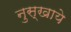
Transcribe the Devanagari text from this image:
नुस्खाये